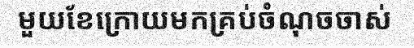
មួយខែក្រោយមកគ្រប់ចំណុចចាស់